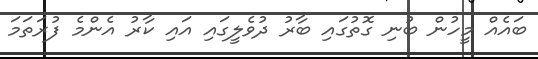
ބައެއް މީހުން ބުނި ގޮތުގައި ބާރު ދުވެލީގައި އައި ކާރު އެންމެ ފުރަތަމަ